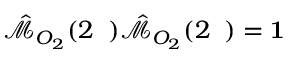
\hat { \mathcal { M } } _ { O _ { 2 } } ( 2 { \it \Delta \phi } ) \hat { \mathcal { M } } _ { O _ { 2 } } ( 2 { \it \Delta \phi } ) = { \bf 1 }